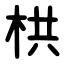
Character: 栱